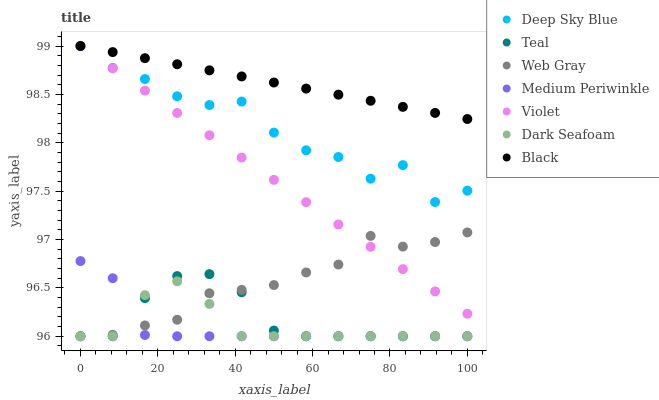
| xaxis_label | Deep Sky Blue | Teal | Web Gray | Medium Periwinkle | Violet | Dark Seafoam | Black |
 | --- | --- | --- | --- | --- | --- | --- | --- |
 | 0 | 99 | 96 | 96 | 96.8 | 99 | 96 | 99 |
 | 8.33 | 98.8 | 96 | 96 | 96.6 | 98.8 | 96 | 98.9 |
 | 16.7 | 98.7 | 96.4 | 96.1 | 96 | 98.5 | 96.4 | 98.9 |
 | 25 | 98.5 | 96.6 | 96.2 | 96 | 98.3 | 96.6 | 98.8 |
 | 33.3 | 98.4 | 96.6 | 96.4 | 96 | 98.1 | 96.3 | 98.7 |
 | 41.7 | 98.4 | 96.5 | 96.5 | 96 | 97.8 | 96 | 98.7 |
 | 50 | 98.1 | 96.1 | 96.5 | 96 | 97.6 | 96 | 98.6 |
 | 58.3 | 97.9 | 96 | 96.7 | 96 | 97.4 | 96 | 98.6 |
 | 66.7 | 97.9 | 96 | 96.7 | 96 | 97.2 | 96 | 98.5 |
 | 75 | 97.6 | 96 | 97 | 96 | 96.9 | 96 | 98.4 |
 | 83.3 | 97.8 | 96 | 96.9 | 96 | 96.7 | 96 | 98.4 |
 | 91.7 | 97.4 | 96 | 97 | 96 | 96.5 | 96 | 98.3 |
 | 100 | 97.5 | 96 | 97.1 | 96 | 96.2 | 96 | 98.2 |